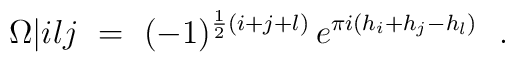
\Omega \vert{i}{l}{j}\ =\ (-1)^{\frac12 (i+j+l)}\,         e^{\pi i(h_i +h_j - h_l)}\ \ .